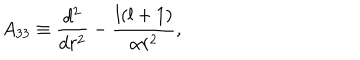
A _ { 3 3 } \equiv { \frac { d ^ { 2 } } { d r ^ { 2 } } } - { \frac { l ( l + 1 ) } { \alpha r ^ { 2 } } } ,